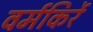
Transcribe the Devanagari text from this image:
वर्मकिर्रे